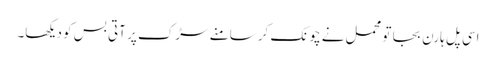
اسی پل ہارن بجا تو محمل نے چونک کر سامنے سڑک پر آتی بس کو دیکھا۔